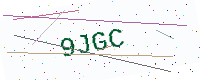
Text: 9JGC